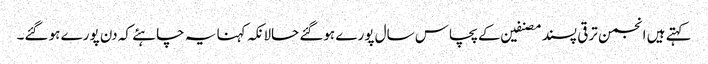
کہتے ہیں انجمن ترقی پسند مصنفین کے پچاس سال پورے ہوگئے حالانکہ کہنا یہ چاہئے کہ دن پورے ہو گئے۔